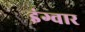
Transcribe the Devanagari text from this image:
इंग्वार